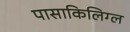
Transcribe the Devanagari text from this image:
पासाकिलिग्ल